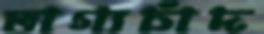
ভাগ্যচাঁদ